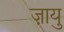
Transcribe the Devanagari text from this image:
ज़ायु